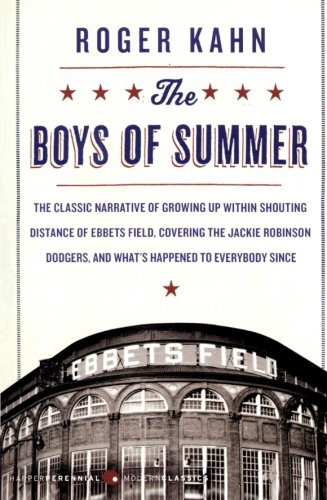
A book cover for The Boys of Summer (Harperperennial Modern Classics); Roger Kahn; Sports & Outdoors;